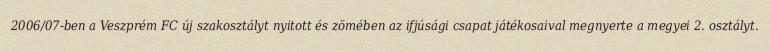
2006/07-ben a Veszprém FC új szakosztályt nyitott és zömében az ifjúsági csapat játékosaival megnyerte a megyei 2. osztályt.